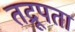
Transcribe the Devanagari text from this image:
तद्रूपता